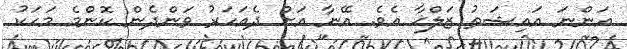
އަންނަ އައިޝަތު ޒަލްޚާ އެވެ. އޭނާ އަށް ދެއަހަރު ވަންދެން ކޮންމެ މަހަކު